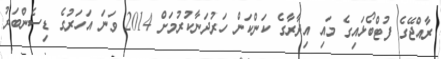
ރާއްޖޭގެ ފުޓްބޯޅައިގެ މައި އިދާރާގެ ކަންކަން ހަރުދަނާކުރުމަށް 2014 ވަނަ އަހަރުގެ ޑިސެންބަރު